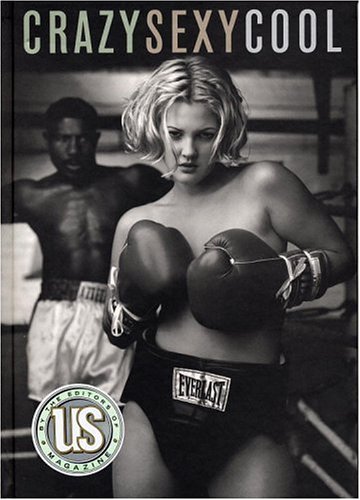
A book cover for Crazy Sexy Cool: The Us Portfolio; Us Magazine; Humor & Entertainment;